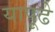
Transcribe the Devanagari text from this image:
यापूढे